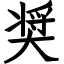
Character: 奨